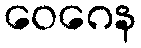
ဝေဂေန